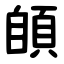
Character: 䫁